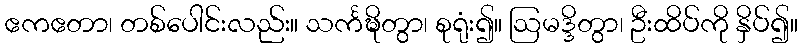
ဧကဧတာ၊ တစ်ပေါင်းလည်း။ သင်္ကဍ္ဎိတွာ၊ စုရုံး၍။ ဩမဒ္ဒိတွာ၊ ဦးထိပ်ကို နှိပ်၍။